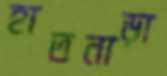
হাতনাড়া